Dysentery and liver abscess in Bombay - Number 47
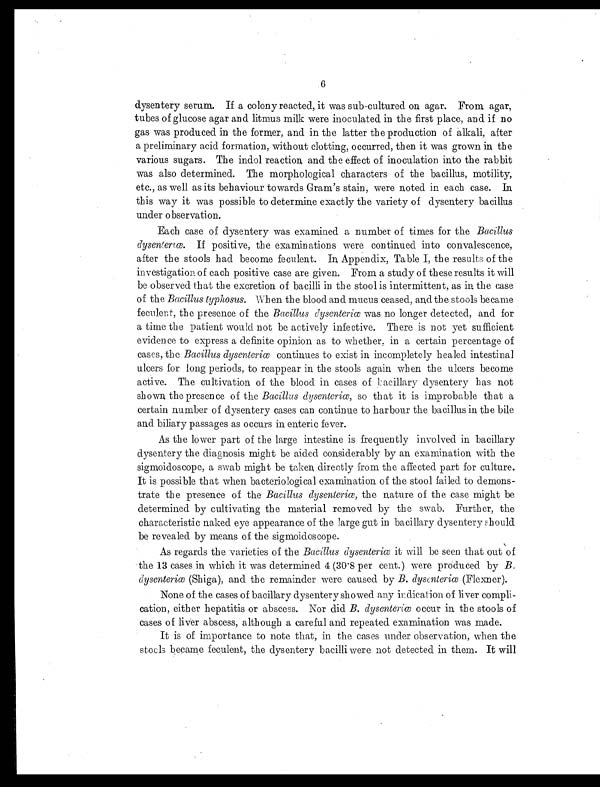
6
dysentery serum. If a colony reacted, it was sub-cultured on agar. From agar,
tubes of glucose agar and litmus milk were inoculated in the first place, and if no
gas was produced in the former, and in the latter the production of alkali, after
a preliminary acid formation, without clotting, occurred, then it was grown in, the
various sugars. The indol reaction, and the effect of inoculation into the rabbit
was also determined. The morphological characters of the bacillus, motility,
etc., as well as its behaviour towards Gram's stain, were noted in each case. In
this way it was possible to determine exactly the variety of dysentery bacillus
under observation.
Each case of dysentery was examined a number of times for the Bacillus
dysent er i œ. I f p o s i t i v e , t h e e x a m i n a t i o n s w e r e c o n t i n u e d i n t o c o n v a l e s c e n c e ,
after the stools had become feculent. In, Appendix, Table I, the results of the
investigation of each positive case are given. From a study of these results it will
be observed that the excretion, of bacilli in the stool is intermittent, as in the case
of the Bacillus typhosus. When the blood and mucus ceased, and the stools became
feculent, the presence of the Bacillus dysenteriœw a s n o l o n g e r d e t e c t e d , a n d f o r
a time the patient would not be actively infective. There is not yet sufficient
evi dence to express a defi ni te opi ni on as to whether, i n a certai n percentage of
cases, the Bacillus dysenteriœc o n t i n u e s t o e x i s t i n i n c o m p l e t e l y h e a l e d i n t e s t i n a l
ulcers for long periods, to reappear in the stools again when the ulcers become
active. The cultivation of the blood in cases of bacillary dysentery has not
shown, the presence of the Bacillus dysenteriœ, s o t h a t i t i s i m p r o b a b l e t h a t a
certain number of dysentery cases can continue to harbour the bacillus in the bile
and biliary passages as occurs in enteric fever.
As the lower part of the large intestine is frequently involved in bacillary
dysentery the diagnosis might be aided considerably by an examination with the
sigmoidoscope, a swab might be taken directly from the affected part for culture.
It is possible that when bacteriological examination of the stool failed to demons
- t r a t e t h e p r e s e n c e o f t h eB
a c i l l u s d y s e n t e r i œ
, t h e n a t u r e o f t h e c a s e m i g h t b e
determined by cultivating the material removed by the swab. Further, the
characteristic naked eye appearance of the large gut in bacillary dysentery should
be revealed by means of the sigmoidoscope.
As regards the varieties of the Bacillus dysenteriœi t w i l l b e s e e n t h a t o u t o f
t he 13 cases i n whi ch i t was det ermi ned 4 (30. 8 per cent . ) were produced by B .
dysenteriœ( S h i g a ) , a n d t h e r e m a i n d e r w e r e c a u s e d b yB
. d y s e n t e r i œ
( F l e x n e r ) .
None of the cases of bacillary dysentery showed any indication of liver compli
- c a t i o n , e i t h e r h e p a t i t i s o r a b s c e s s . N o r d i dB
. d y s e n t e r i œ
o c c u r i n , t h e s t o o l s o f
cases of liver abscess, although a careful and repeated examination was made.
It is of importance to note that, in the cases under observation, when the
stools became feculent, the dysentery bacilli were not detected in them. It will